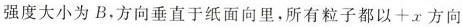
强度大小为B，方向垂直于纸面向里，所有粒子都以+x方向